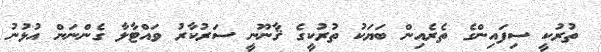
ތުރުކީ ސިފައިންގެ ތެރެއިން ބަޔަކު ތުރުކީގެ ޤާނޫނީ ސަރުކާރު ވައްޓާލާ ގެންނަން އުޅުނު